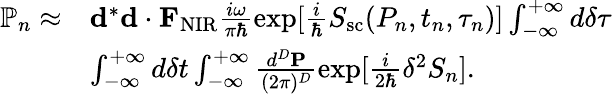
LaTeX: \begin{array}{rl}{\mathbb{P}_{n}\approx}&{{\mathbf d}^{*}{\mathbf d}\cdot{\mathbf F}_{\mathrm{NIR}}\frac{i\omega}{\pi\hbar}\exp[{\frac{i}{\hbar}S_{\mathrm{sc}}(P_{n},t_{n},\tau_{n})}]\int_{-\infty}^{+\infty}d\delta\tau}\\ &{\int_{-\infty}^{+\infty}d\delta t\int_{-\infty}^{+\infty}\frac{d^{D}{\mathbf P}}{(2\pi)^{D}}\exp[{\frac{i}{2\hbar}\delta^{2}S_{n}}].}\end{array}